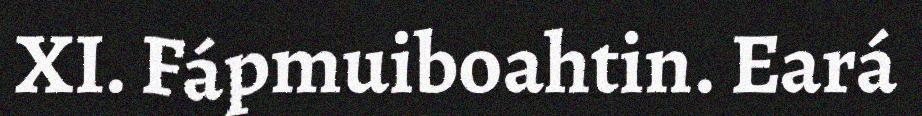
XI. Fápmuiboahtin. Eará